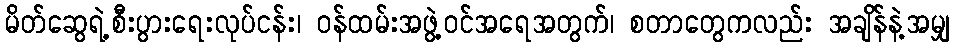
မိတ်ဆွေရဲ့စီးပွားရေးလုပ်ငန်း၊ ဝန်ထမ်းအဖွဲ့ဝင်အရေအတွက်၊ စတာတွေကလည်း အချိန်နဲ့အမျှ